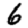
Digit: 6